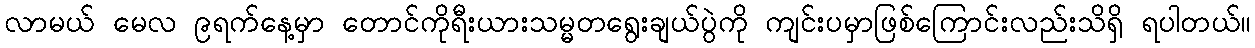
လာမယ် မေလ ၉ရက်နေ့မှာ တောင်ကိုရီးယားသမ္မတရွေးချယ်ပွဲကို ကျင်းပမှာဖြစ်ကြောင်းလည်းသိရှိ ရပါတယ်။